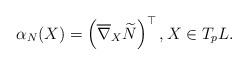
LaTeX: \begin{align*}\alpha_N(X) = \left( \overline{\nabla}_X \widetilde{N} \right)^{\top}, X \in T_p L.\end{align*}